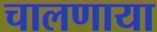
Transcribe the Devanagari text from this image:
चालणाया